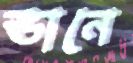
ভানে